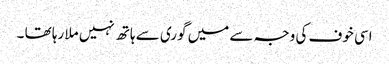
اسی خوف کی وجہ سے میں گوری سے ہاتھ نہیں ملا رہا تھا ۔